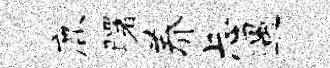
鹿曙养忐遇